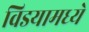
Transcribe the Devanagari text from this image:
विडयामध्ये